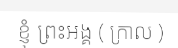
ខ្ញុំ ព្រះអង្គ ( ក្រាល )